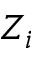
Z _ { i }